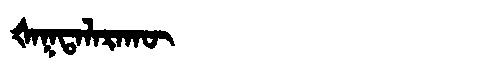
Manchu: ᡧᠠᡴᡨᠠᠯᠠᡵᠠᡴᡡ
Romanization: ŠAKTALARAKŪ